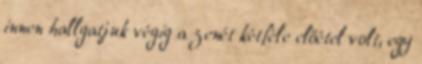
innen hallgatjuk végig a zenét kétféle előétel volt, egy